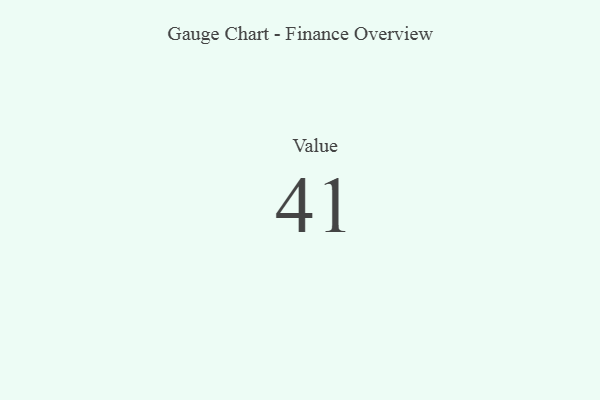
{"axis": {"x": "Metric", "y": "Value"}, "legend": [""], "data": [{"x": "Value", "y": 41, "type": ""}]}